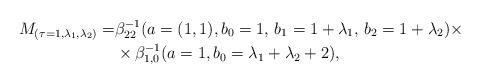
LaTeX: \begin{align*}M_{(\tau=1, \lambda_1, \lambda_2)} = & \beta^{-1}_{22}(a=(1,1), b_0=1,\,b_1=1+ \lambda_1, \,b_2=1+\lambda_2) \times \\ & \times\beta_{1,0}^{-1}(a=1, b_0=\lambda_1+\lambda_2+2), \end{align*}